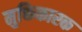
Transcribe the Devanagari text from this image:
मुक्तिकारक